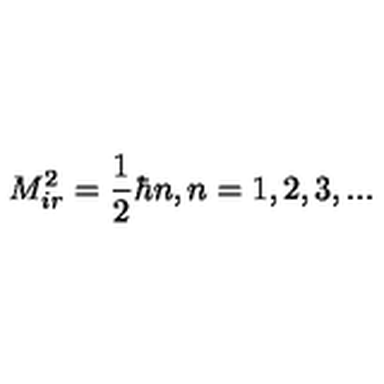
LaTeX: M _ { i r } ^ { 2 } = \frac { 1 } { 2 } \hbar n , n = 1 , 2 , 3 , . . .